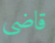
قاضى